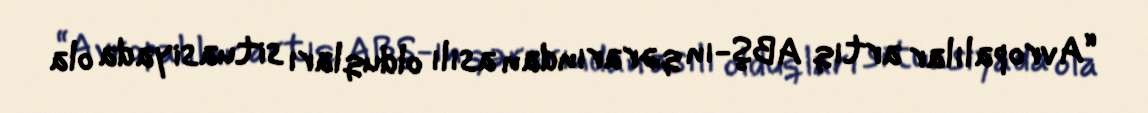
“Avropalılar artıq ABŞ-ın qərarından asılı olduqları situasiyada ola